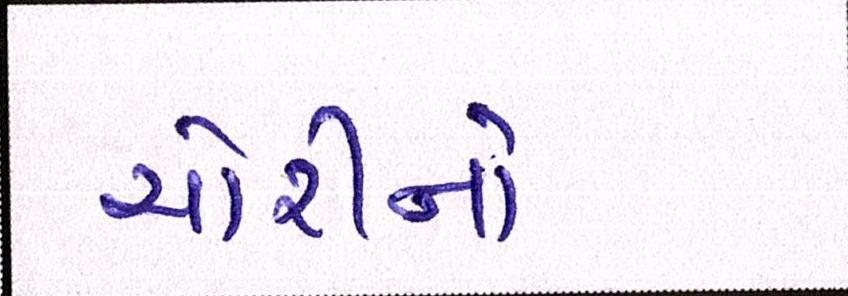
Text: ચોરીનો